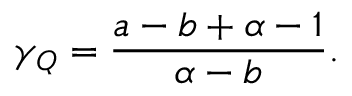
\gamma _ { Q } = \frac { a - b + \alpha - 1 } { \alpha - b } .